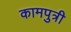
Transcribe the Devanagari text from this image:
कामपुत्री